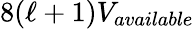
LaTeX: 8(\ell+1)V_{available}